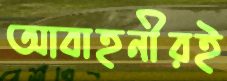
আবাহনীরই